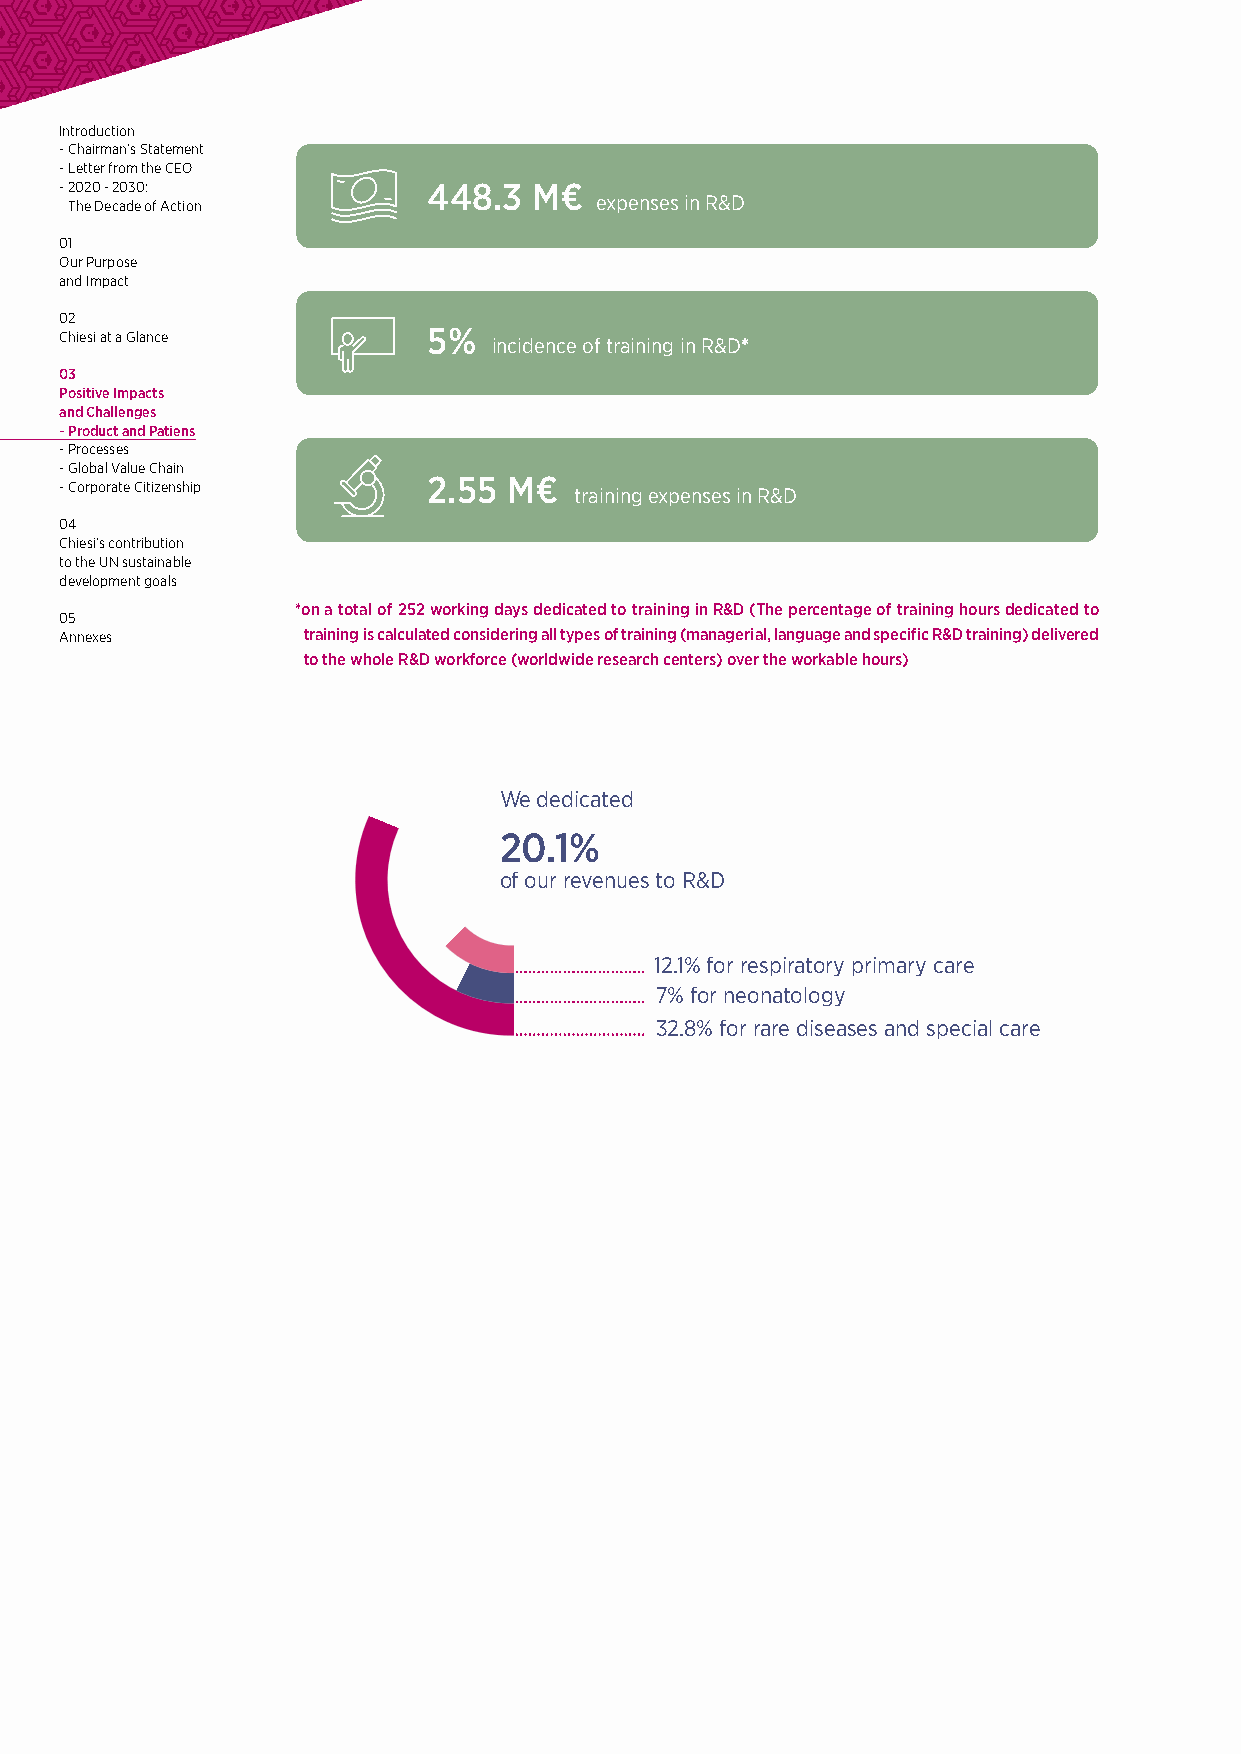
Our Global R&D                           316
 staff is made of
 R&D-focused staff
 including regulatory
 944
 and clinical staff
 employees working
 Our Global R&D                       316
 in R&D area
 staff is made of
 R&D-focused staff
 including regulatory
 944
 and clinical staff
 employees working                      628
 in R&D area
 employees working
 directly in R&D area
 628
 employees working
 directly in R&D area
 448.3  M€
 expenses in R&D
 Introduction
 - Chairman’s Statement
 - Letter from the CEO
 - 2020 - 2030:          448.3  M€
 The Decade of Action              expenses in R&D
 01
 Our Purpose            5%
 incidence of training in R&D*
 and Impact
 02
 Chiesi at a Glance      5%
 incidence of training in R&D*
 03
 Positive Impacts
 and Challenges
 2.55  M€
 - Product and Patiens             training expenses in R&D
 - Processes
 - Global Value Chain
 - Corporate Citizenship 2.55  M€
 training expenses in R&D
 04
 Chiesi’s contribution
 to the UN sustainable
 development goals
 *on a total of 252 working days dedicated to training in R&D (The percentage of training hours dedicated to
 05
 Annexes         training is calculated considering all types of training (managerial, language and specific R&D training) delivered
 to the whole R&D workforce (worldwide research centers) over the workable hours)
 We dedicated
 We dedicated
 20.1%
 20.1%
 of our revenues to R&D
 of our revenues to R&D
 12.1% for respiratory primary care
 12.1% for respiratory primary care
 7% for neonatology
 7% for neonatology
 32.8% for rare diseases and special care
 32.8% for rare diseases and special care